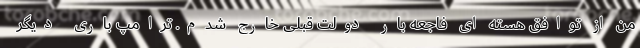
من از توافق هسته ای فاجعه بار دولت قبلی خارج شدم. ترامپ باری دیگر